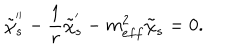
\tilde { \chi } _ { s } ^ { ' ^ { \prime } } - \frac { 1 } { r } \tilde { \chi } _ { s } ^ { ' } - m _ { e f f } ^ { 2 } \tilde { \chi } _ { s } = 0 .